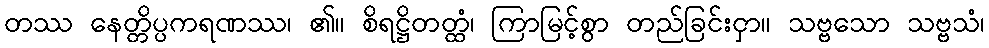
တဿ နေတ္တိပ္ပကရဏဿ၊ ၏။ စိရဋ္ဌိတတ္ထံ၊ ကြာမြင့်စွာ တည်ခြင်းငှာ။ သဗ္ဗသော သဗ္ဗသံ၊